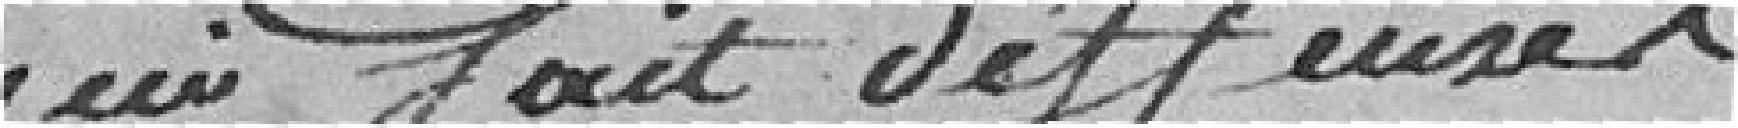
qui fait